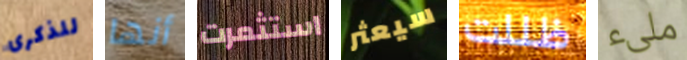
للذكرى أنها استثمرت سيعثر ظللت ملىء